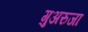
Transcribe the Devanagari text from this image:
गुअरुजा